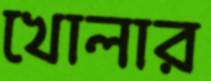
খোলার